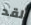
لقد